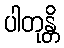
ပါတုန္တိ